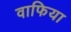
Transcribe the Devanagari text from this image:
वाफिया